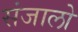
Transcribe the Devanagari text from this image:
संजालो